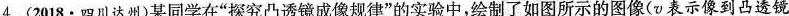
4.(2018.四川达州)某同学在”探究凸透镜成像规律”的实验中，绘制了如图所示的图像(v表示像到凸透镜